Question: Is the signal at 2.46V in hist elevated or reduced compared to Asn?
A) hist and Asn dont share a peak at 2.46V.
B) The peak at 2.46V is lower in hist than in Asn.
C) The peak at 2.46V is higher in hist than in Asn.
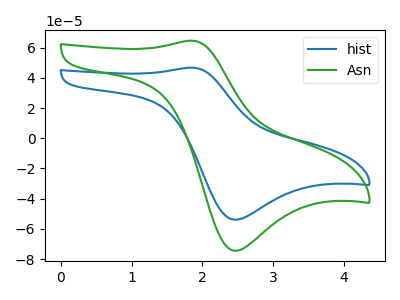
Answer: <think>The blue curve "hist" has an anodic peak at (1.85V, 46.75uA) and a cathodic peak at (2.45V, -53.90uA). The green curve "Asn" has an anodic peak at (1.85V, 64.60uA) and a cathodic peak at (2.45V, -74.50uA).</think>
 <answer>B) The peak at 2.46V is lower in "hist" than in "Asn".</answer>
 <eval>B</eval>